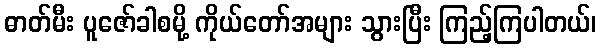
ဓာတ်မီး ပူဇော်ခါစမို့ ကိုယ်တော်အများ သွားပြီး ကြည့်ကြပါတယ်၊